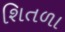
શિતળા